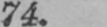
74.